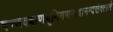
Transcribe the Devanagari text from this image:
षण्णवबाणभूमिगणनादानन्दसंवत्सरे